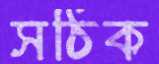
সঠিক